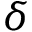
\delta